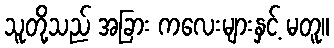
သူတို့သည် အခြား ကလေးများနှင့် မတူ။